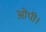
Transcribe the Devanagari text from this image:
ओपी।